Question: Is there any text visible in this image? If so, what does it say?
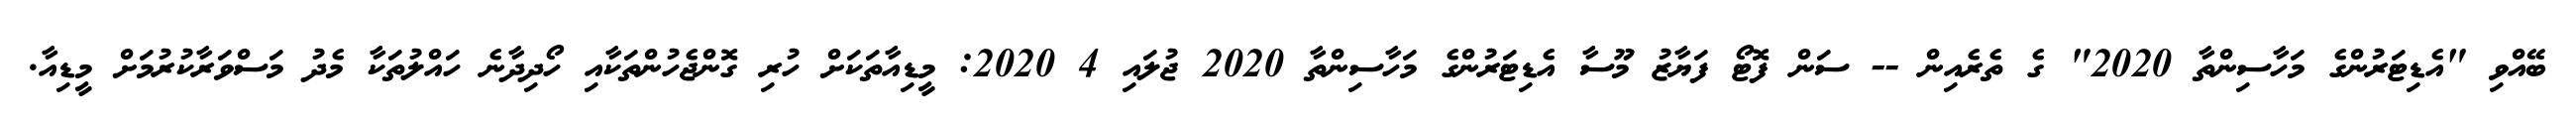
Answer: ބޭއްވި "އެޑިޓަރުންގެ މަހާސިންތާ 2020" ގެ ތެރެއިން -- ސަން ފޮޓޯ ފަޔާޒު މޫސާ އެޑިޓަރުންގެ މަހާސިންތާ 2020 ޖުލައި 4 2020: މީޑިއާތަކަށް ހުރި ގޮންޖެހުންތަކާއި ހޯދިދާނެ ހައްލުތަކާ މެދު މަސްވަރާކުރުމަށް މީޑިއާ.